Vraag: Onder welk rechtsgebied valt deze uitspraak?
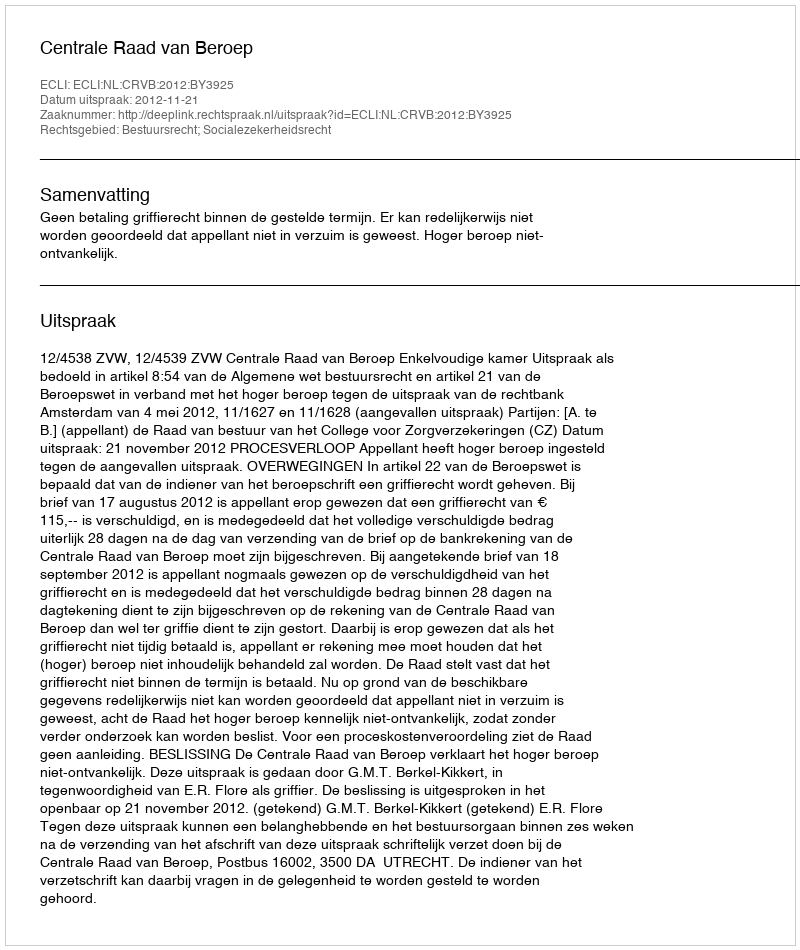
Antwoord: Bestuursrecht; Socialezekerheidsrecht